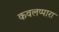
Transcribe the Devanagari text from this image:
कवलप्पारा